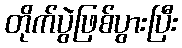
တိုက်ပွဲဖြစ်ပွားပြီး